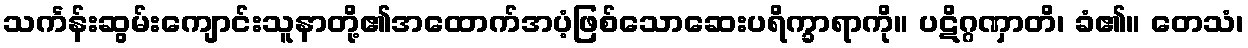
သင်္ကန်းဆွမ်းကျောင်းသူနာတို့၏အထောက်အပံ့ဖြစ်သောဆေးပရိက္ခာရာကို။ ပဋိဂ္ဂဏှာတိ၊ ခံ၏။ တေသံ၊